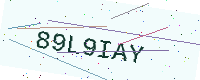
Text: 89L9IAY